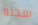
سجنه